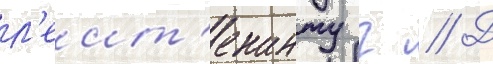
л'еит'енанту г // Д